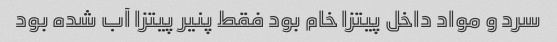
سرد و مواد داخل پیتزا خام بود فقط پنیر پیتزا آب شده بود